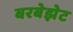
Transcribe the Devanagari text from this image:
बरबेझेट